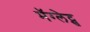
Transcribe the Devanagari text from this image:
मॅग्लेट्स